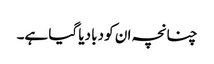
چنانچہ ان کو دبا دیا گیا ہے۔